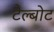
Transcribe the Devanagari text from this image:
टैल्बोट